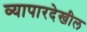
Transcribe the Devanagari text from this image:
व्यापारदेखील